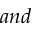
a n d